Vaccination in Burma 1889-1999 - 1889-1999
Year: 1889
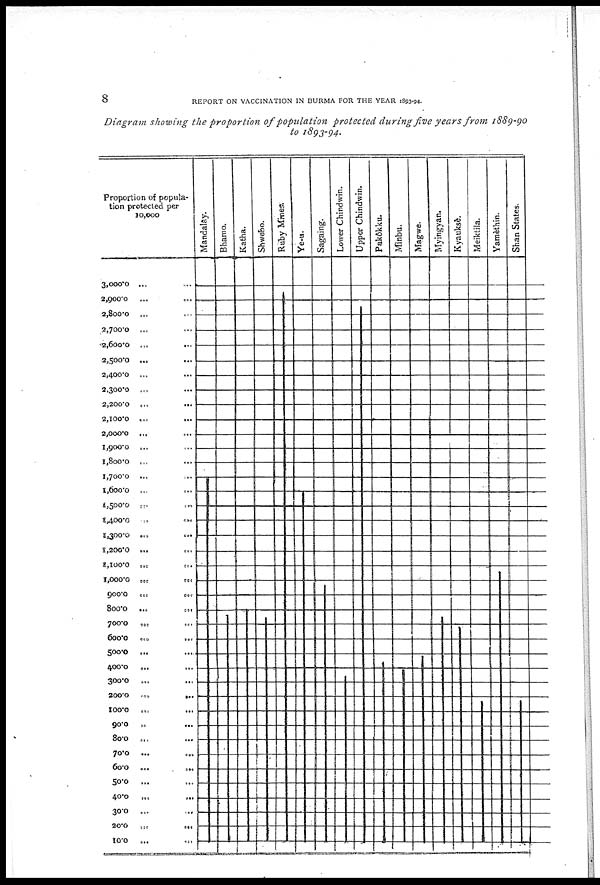
8
REPORT ON VACCINATION IN BURMA FOR THE YEAR 1893-94.
Diagram showing the proportion of population protected during five years from 1889-90
to 1893-94.